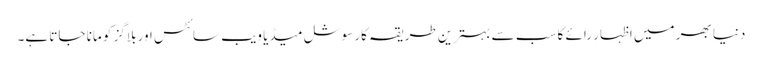
دنیا بھر میں اظہارِ رائے کا سب سے بہترین طریقہ کار سوشل میڈیا ویب سائٹس اور بلاگز کو مانا جاتا ہے۔